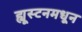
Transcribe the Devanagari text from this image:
ह्यूस्टनमधून